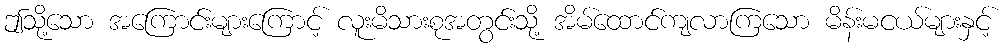
ဤသို့သော အကြောင်းများကြောင့် လူးမိသားစုအတွင်းသို့ အိမ်ထောင်ကျလာကြသော မိန်းမငယ်များနှင့်